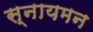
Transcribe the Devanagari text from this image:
स्नायमन